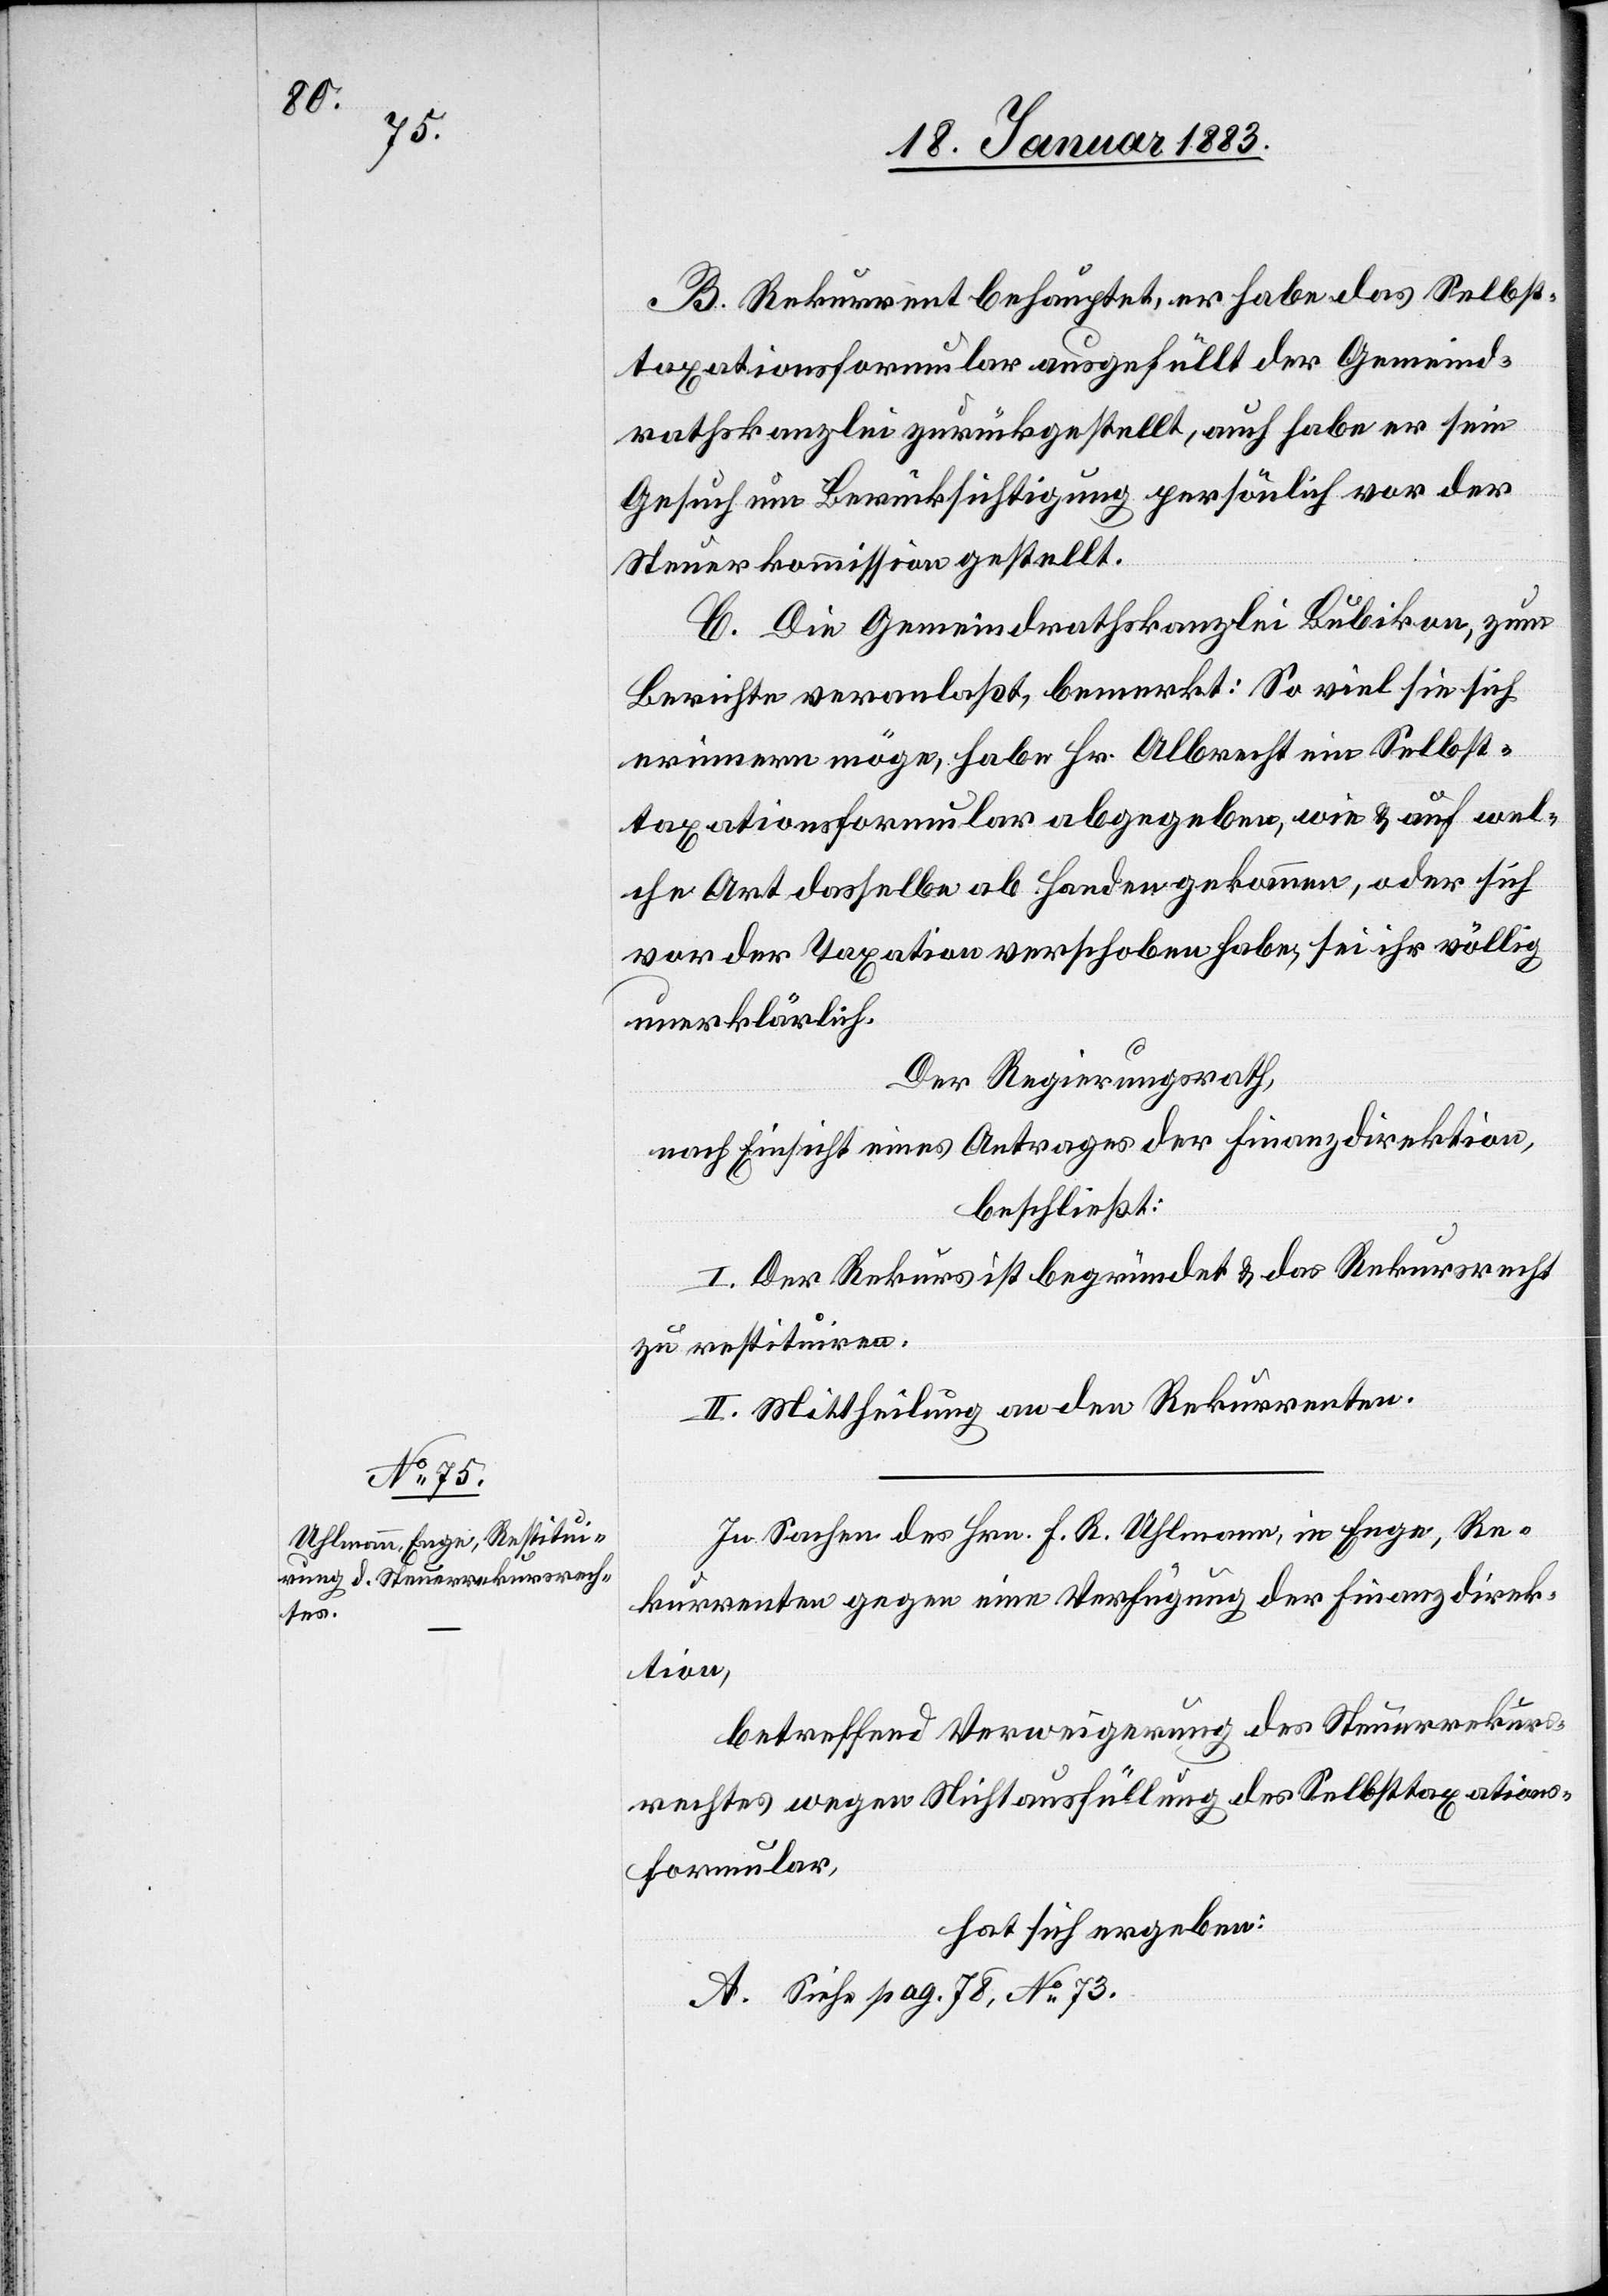
B. Rekurrent behauptet, er habe das Selbst¬
taxationsformular ausgefüllt der Gemeind¬
rathskanzlei zurückgestellt, auch habe er sein
Gesuch um Berücksichtigung persönlich vor der
Steuerkommission gestellt.
C. Die Gemeindrathskanzlei Bubikon, zum
Berichte veranlaßt, bemerkt: So viel sie sich
erinnern möge, habe Hr. Albrecht ein Selbst¬
taxationsformular abgegeben, wie & auf wel¬
che Art dasselbe ab Handen gekommen sei, oder sich
vor der Taxation verschoben habe, sei ihr völlig
unerklärlich.
Der Regierungsrath,
nach Einsicht eines Antrages der Finanzdirektion,
beschließt:
I. Der Rekurs ist begründet & das Rekursrecht
zu restituiren.
II. Mittheilung an den Rekurrenten.
In Sachen des Hrn. F. R. Uhlmann, in Enge, Re¬
kurrenten gegen eine Verfügung der Finanzdirek¬
tion,
betreffend Verweigerung des Steuerrekurs¬
rechtes wegen Nichtausfüllung des Selbsttaxations¬
formular,
hat sich ergeben:
A. Siehe pag. 78, No 73.